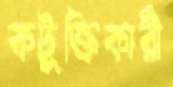
কটূক্তিকারী